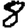
Digit: 8